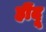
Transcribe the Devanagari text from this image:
हींदू